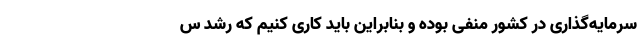
سرمایه‌گذاری در کشور منفی بوده و بنابراین باید کاری کنیم که رشد س